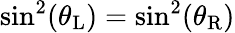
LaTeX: \sin^{2}(\theta_{\mathrm{L}})=\sin^{2}(\theta_{\mathrm{R}})